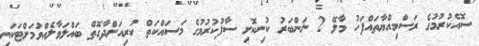
ސޮއެކުރުމުގެ ރަސްމިއްޔާތައްފަހު މާލޭ 2 ނަންބަރު ކުނިކޮށި ސާފުކުރުމުގެ މަސައްކަތް ކުރިއަށްދާގޮތް ބައްލަވާލެއްވުމަށްޓަކައި